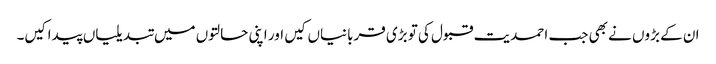
ان کے بڑوں نے بھی جب احمدیت قبول کی تو بڑی قربانیاں کیں اور اپنی حالتوں میں تبدیلیاں پیدا کیں۔